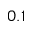
0 . 1